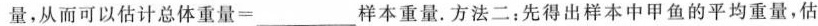
量，从而可以估计总体重量=\underline样本重量。方法二：先得出样本中甲鱼的平均重量，估